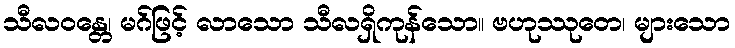
သီလဝန္တေ၊ မဂ်ဖြင့် လာသော သီလရှိကုန်သော။ ဗဟုဿုတေ၊ များသော